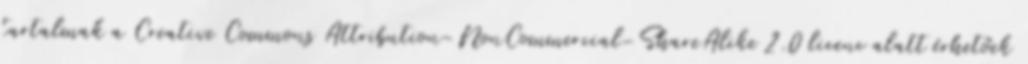
tartalmak a Creative Commons Attribution-NonCommercial-ShareAlike 2.0 licenc alatt érhetőek